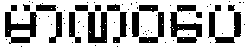
မာဏဝပေ